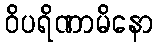
ဝိပရိဏာမိနော